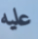
عليه